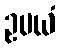
ဥပယံ